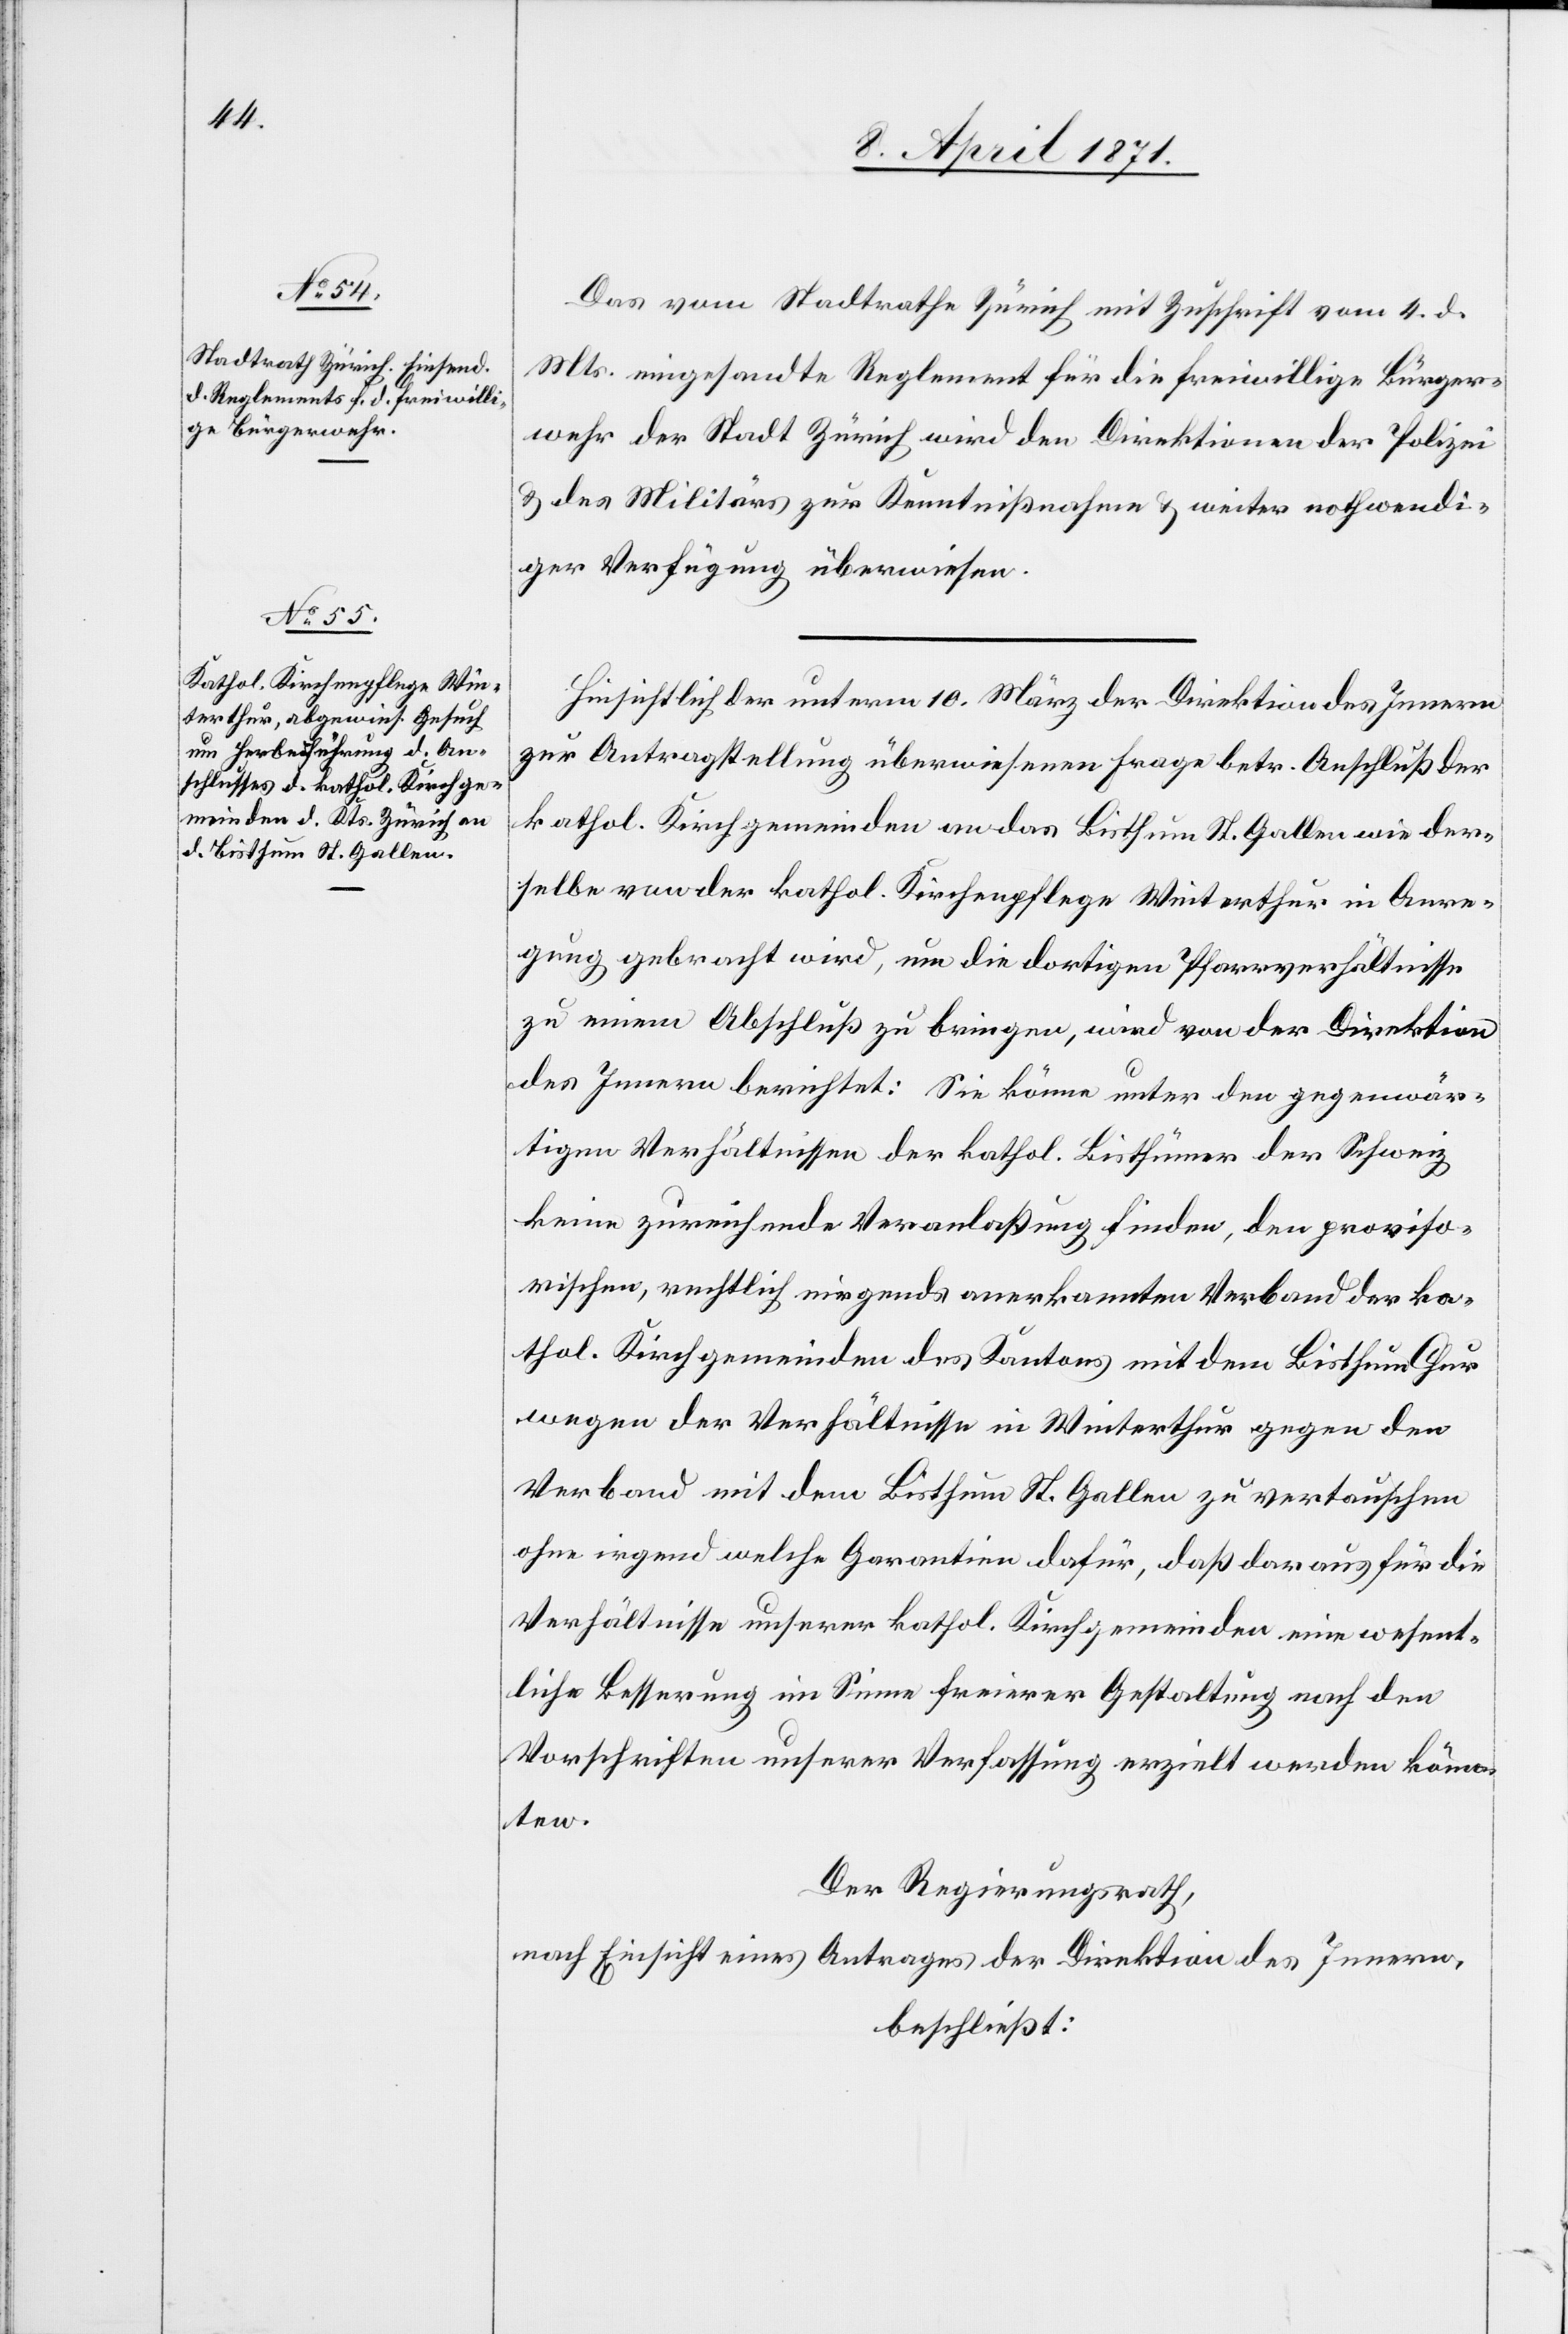
Das vom Stadtrathe Zürich mit Zuschrift vom 4. d.
Mts. eingesandte Reglement für die freiwillige Bürger¬
wehr der Stadt Zürich wird den Direktion der Polizei
u. des Militärs zur Kenntnißnahme u. weiter nothwendi¬
ger Verfügung überwiesen.
Hinsichtlich der unterm 10. März der Direktion des Innern
zur Antragstellung überwiesenen Frage betr. Anschluß der
kathol. Kirchgemeinden an das Bisthum St. Gallen wie der¬
selbe von der kathol. Kirchenpflege Winterthur in Anre¬
gung gebracht wird, um die dortigen Pfarrverhältnisse
zu einem Abschluß zu bringen, wird von der Direktion
des Innern berichtet: Sie könne unter den gegenwär¬
tigen Verhältnissen der kathol. Bisthümer der Schweiz
keine zureichende Veranlaßung finden, den proviso¬
rischen, rechtlich nirgends anerkannten Verband der ka¬
thol. Kirchgemeinden des Kantons mit dem Bisthum Chur
wegen der Verhältnisse in Winterthur gegen den
Verband mit dem Bisthum St. Gallen zu vertauschen
ohne irgend welche Garantie dafür, daß daraus für die
Verhältnisse unserer kathol. Kirchgemeinden eine wesent¬
liche Besserung im Sinne freierer Gestaltung nach den
Vorschriften unserer Verfassung erzielt werden könn¬
ten.
Der Regierungsrath,
nach Einsicht eines Antrages der Direktion des Innern,
beschließt: